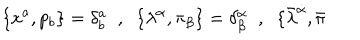
\{ x ^ { a } , p _ { b } \} = \delta _ { b } ^ { a } \; \; , \; \; \{ \lambda ^ { \alpha } , \pi _ { \beta } \} = \delta _ { \beta } ^ { \alpha } \; \; , \; \; \{ \bar { \lambda } ^ { \dot { \alpha } } , \bar { \pi }